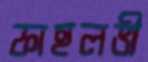
ফাহলভী